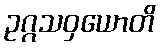
ဥဂ္ဂသဝှယောတိ